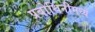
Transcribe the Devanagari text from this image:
प्रबोधिनीमध्ये